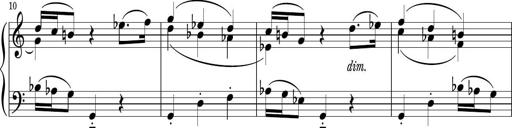
Title: Sonatina PandemÃ³nium
Composer: VÃ­ctor Carbajo
Key: C major